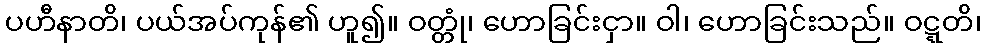
ပဟီနာတိ၊ ပယ်အပ်ကုန်၏ ဟူ၍။ ဝတ္တုံ၊ ဟောခြင်းငှာ။ ဝါ၊ ဟောခြင်းသည်။ ဝဋ္ဋတိ၊